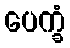
ပေက္ခံ